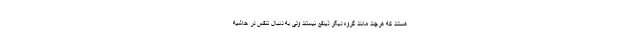
هستند که هرچند مانند گروه دیگر ذینفع نیستند ولی به دنبال تنفس در حاشیه